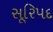
સૂરિપદ